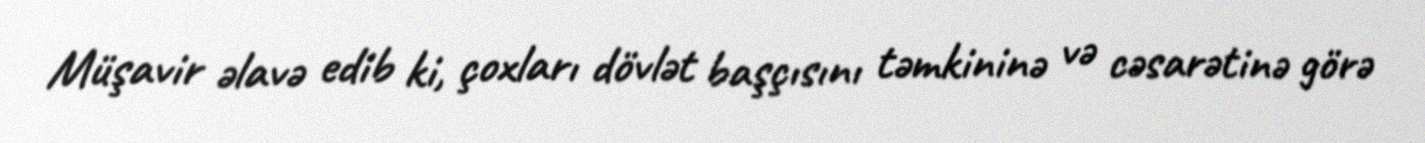
Müşavir əlavə edib ki, çoxları dövlət başçısını təmkininə və cəsarətinə görə